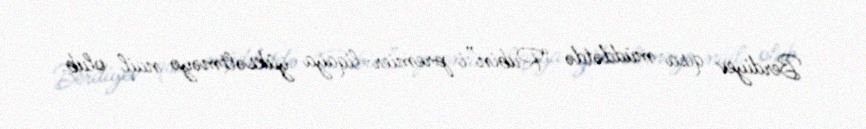
Berdiyev qısa müddətdə “Rubin”i premier-liqaya yüksəltməyə nail olub.